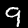
Digit: 9